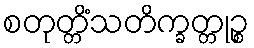
စတုတ္တိံသတိက္ခတ္တုဉ္စ